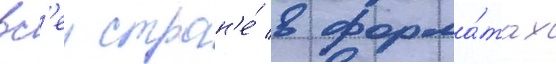
вс'еи стран'е́ в форма́тах